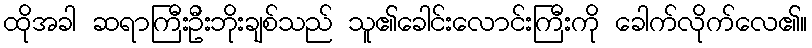
ထိုအခါ ဆရာကြီးဦးဘိုးချစ်သည် သူ၏ခေါင်းလောင်းကြီးကို ခေါက်လိုက်လေ၏။